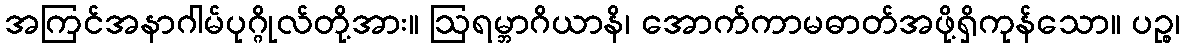
အကြင်အနာဂါမ်ပုဂ္ဂိုလ်တို့အား။ ဩရမ္ဘာဂိယာနိ၊ အောက်ကာမဓာတ်အဖို့ရှိကုန်သော။ ပဉ္စ၊